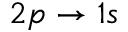
2 p \rightarrow 1 s